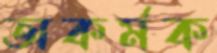
অকর্মক